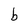
Character: b